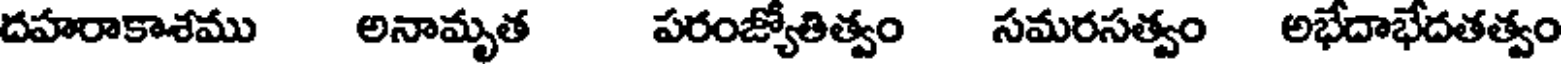
దహరాకాశము అనామృత పరంజ్యోతిత్వం సమరసత్వం అభేదాభేదతత్వం